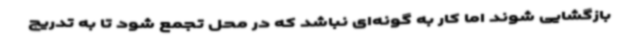
بازگشایی شوند اما کار به گونه‌ای نباشد که در محل تجمع شود تا به تدریج